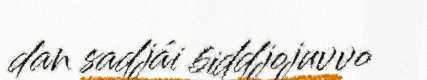
dan sadjái biddjojuvvo